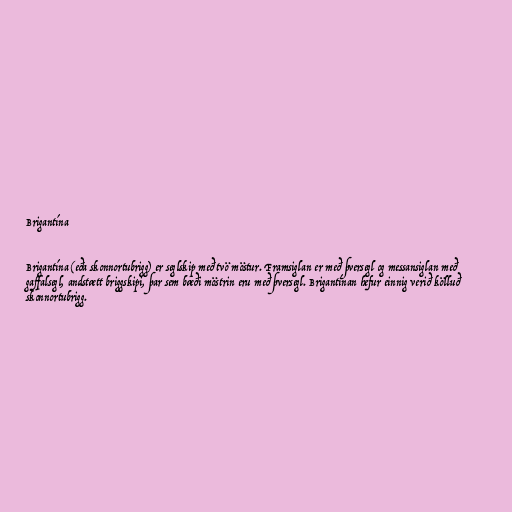
Brigantína

Brigantína (eða skonnortubrigg) er seglskip með tvö möstur. Framsiglan er með þversegl og messansiglan með
gaffalsegl, andstætt briggskipi, þar sem bæði möstrin eru með þversegl. Brigantínan hefur einnig verið kölluð
skonnortubrigg.